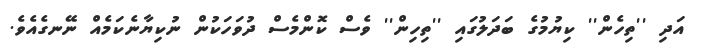
އަދި ''ތިހެން'' ކިޔުމުގެ ބަދަލުގައި ''ތިހިން'' ވެސް ކޮންމެސް ދުވަހަކުން ނުކިޔާނެކަމެއް ނޭނގެއެވެ.